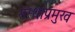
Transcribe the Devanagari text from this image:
संस्थाप्रमुख